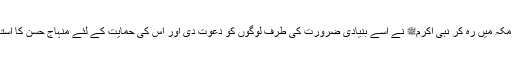
تیرہ سال تک مکہ میں رہ کر نبی اکرمﷺ نے اسے بنیادی ضرورت کی طرف لوگوں کو دعوت دی اور اس کی حمایت کے لئے منہاج حسن کا استعمال بھی کیا۔